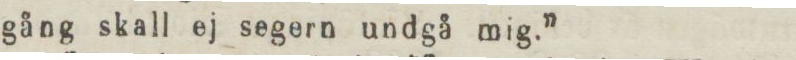
gång skall ej segern undgå mig.”